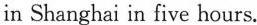
in Shanghai in five hours.